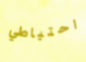
احتياطي